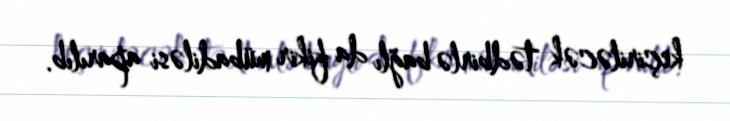
keçiriləcək tədbirlə bağlı da fikir mübadiləsi aparılıb.